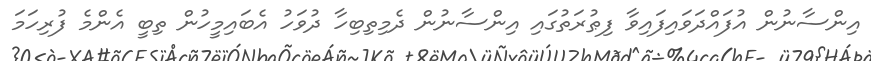
އިންސާނުން އުފައްދަވައިފައިވާ ފިޠުރަތުގައި އިންސާނުން ދެމިތިބިހާ ދުވަހު އެބައިމީހުން ތިބީ އެންމެ ފުރިހަމަ